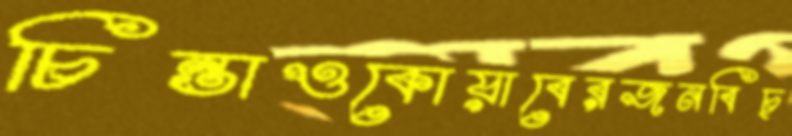
চিন্তাওকোয়াবেরজনবিচ্